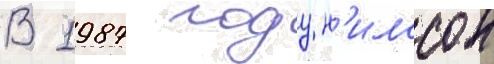
В 1987 году н'илссон